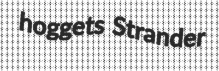
hoggets Strander